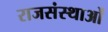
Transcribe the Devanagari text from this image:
राजसंस्थाओं